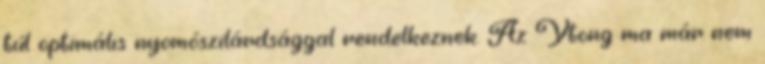
túl optimális nyomószilárdsággal rendelkeznek. Az Ytong ma már nem